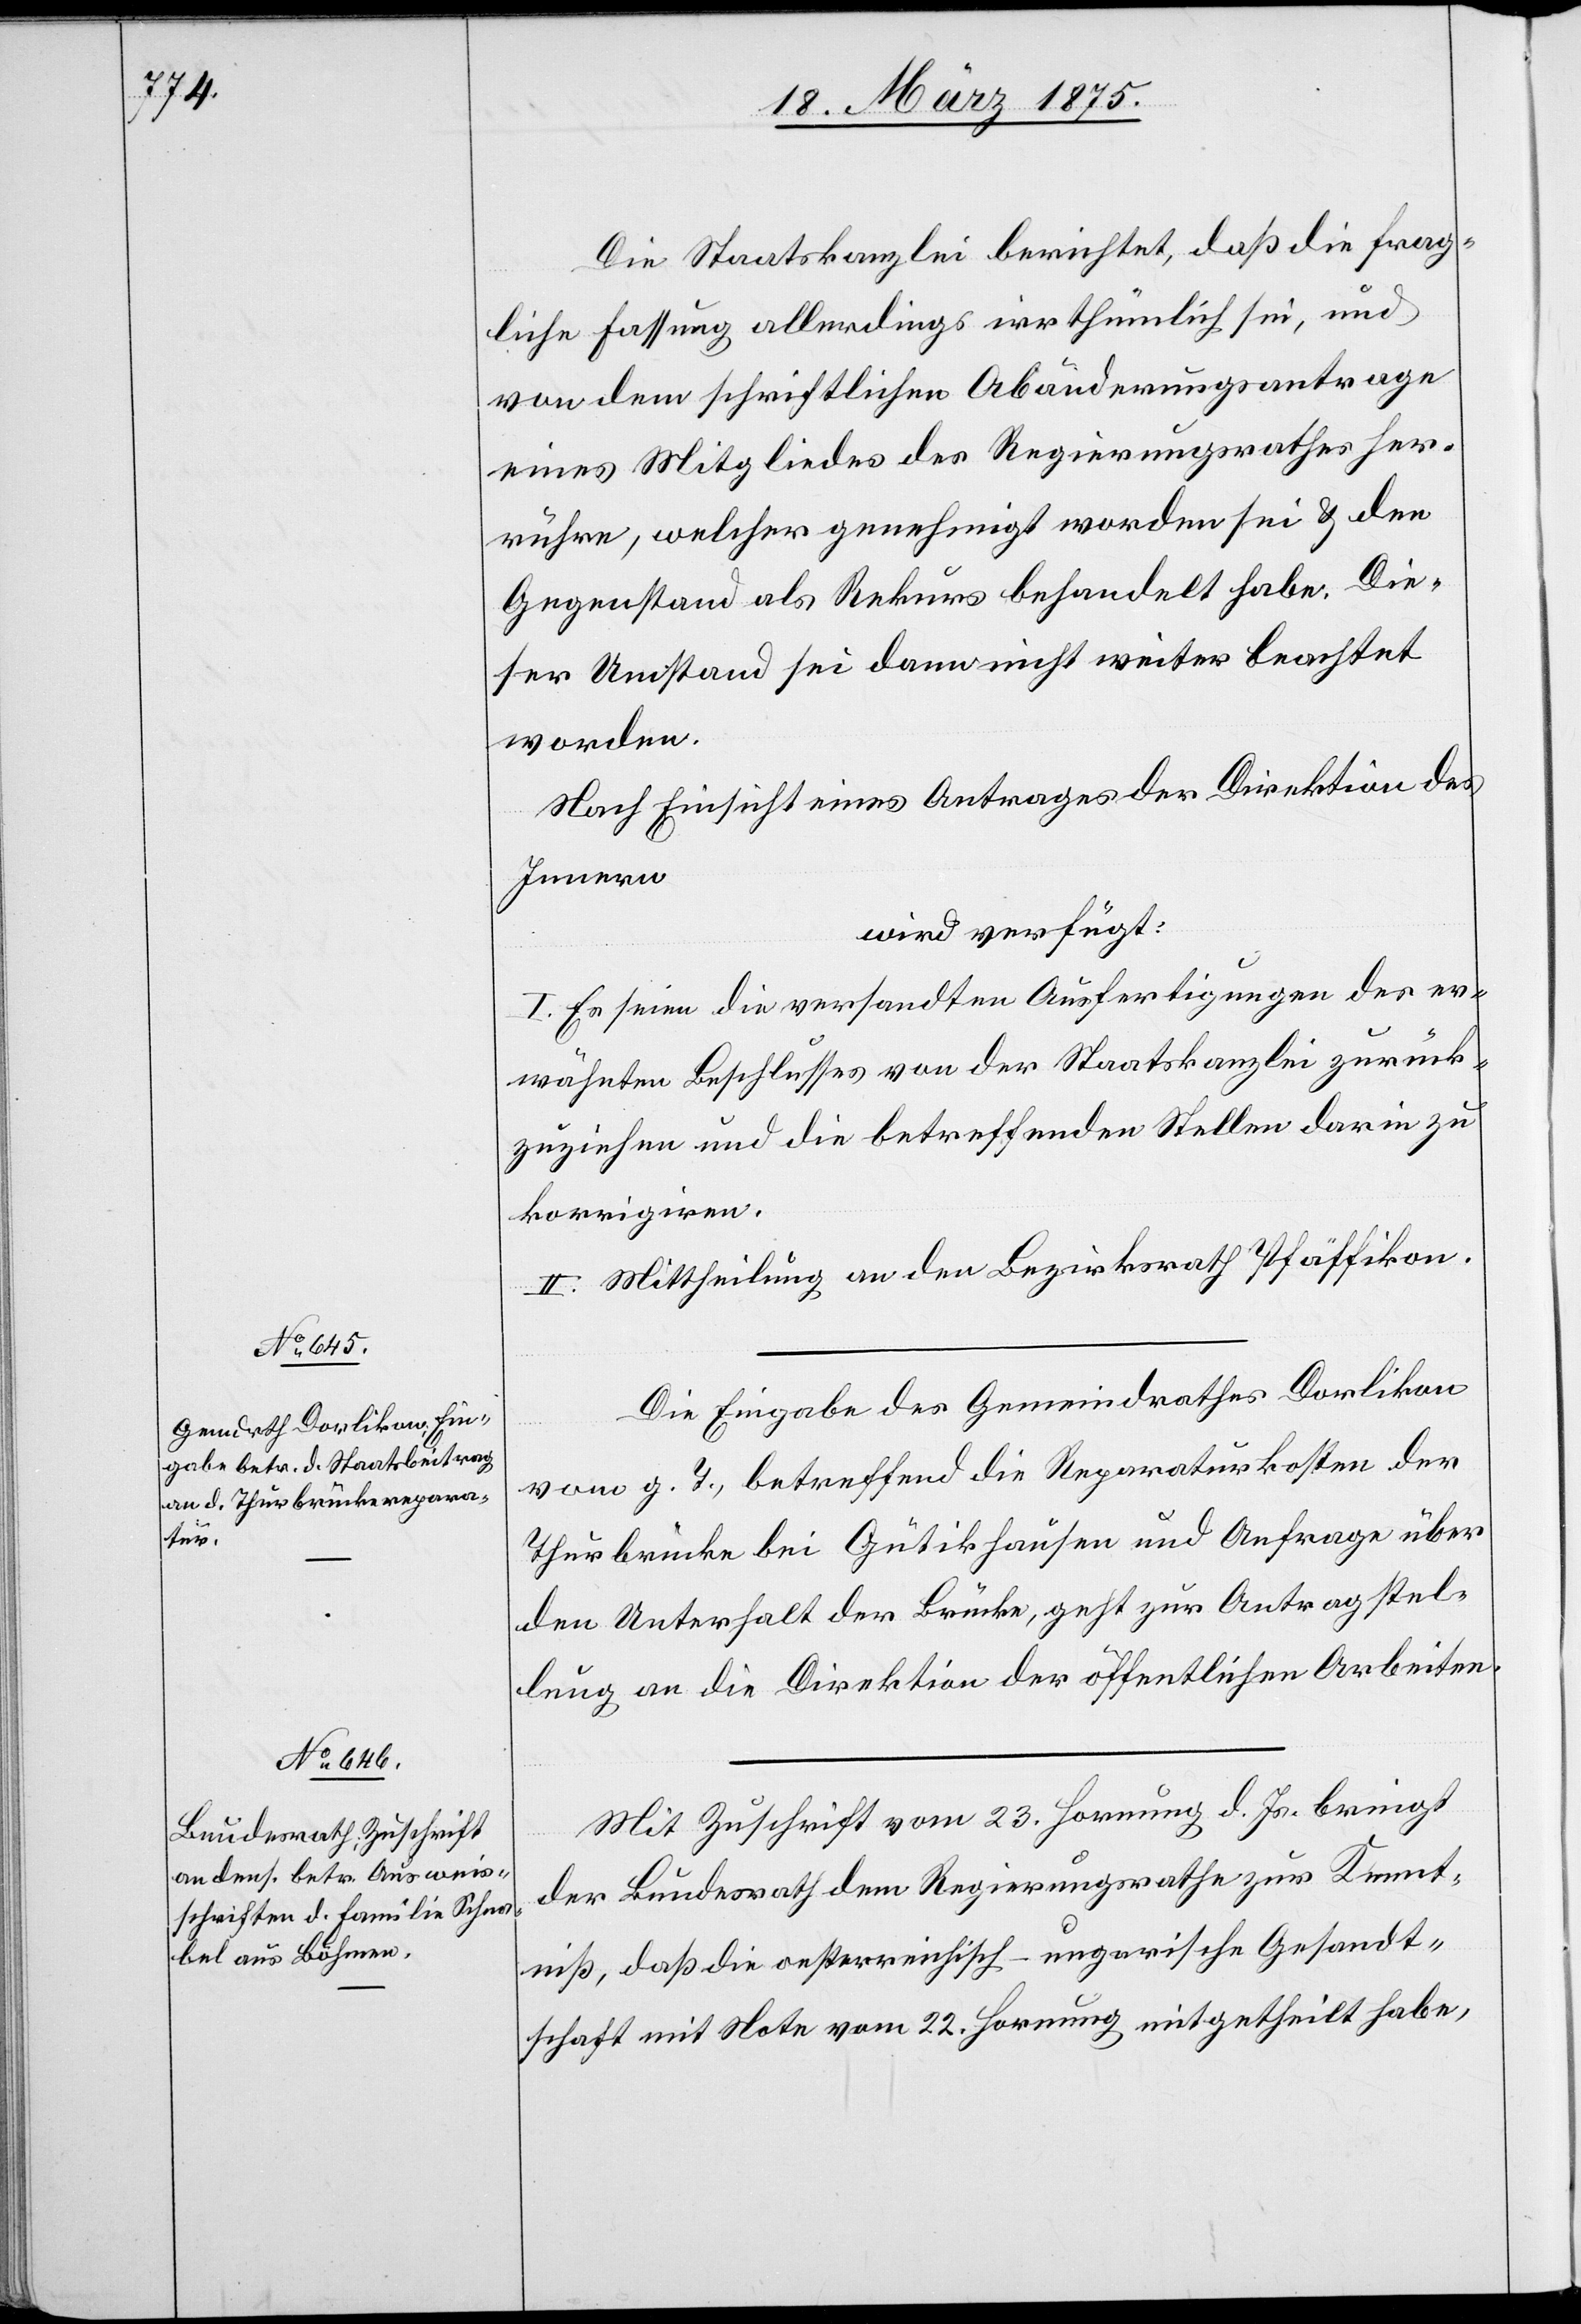
18. März 1875.]
Die Staatskanzlei berichtet, daß die frag¬
liche Fassung allerdings irrthümlich sei, und
von dem schriftlichen Abänderungsantrage
eines Mitgliedes des Regierungsrathes her¬
rühre, welcher genehmigt worden sei & den
Gegenstand als Rekurs behandelt habe. Die¬
ser Umstand sei dann nicht weiter beachtet
worden.
Nach Einsicht eines Antrages der Direktion des
Innern
wird verfügt:
I. Es seien die versandten Anfertigungen des er¬
wähnten Beschlusses von der Staatskanzlei zurück¬
zuziehen und die betreffenden Stellen darin zu
korrigiren.
II. Mittheilung an den Bezirksrath Pfäffikon.
Die Eingabe des Gemeindrathes Dorlikon
vom g. T., betreffend die Reparaturkosten der
Thurbrücke bei Gütikhausen und Anfrage über
den Unterhalt der Brücke, geht zur Antragstel¬
lung an die Direktion der öffentlichen Arbeiten.
Mit Zuschrift vom 23. Hornung d. Js. bringt
der Bundesrath dem Regierungsrathe zur Kennt¬
niß, daß die oesterreichisch-ungarische Gesandt¬
schaft mit Note vom 22. Hornung mitgetheilt habe,